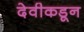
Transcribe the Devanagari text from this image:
देवीकडून